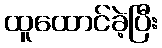
ထူထောင်ခဲ့ပြီး